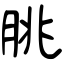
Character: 脁